Annual report of the Imperial Bacteriological Laboratory, Muktesar
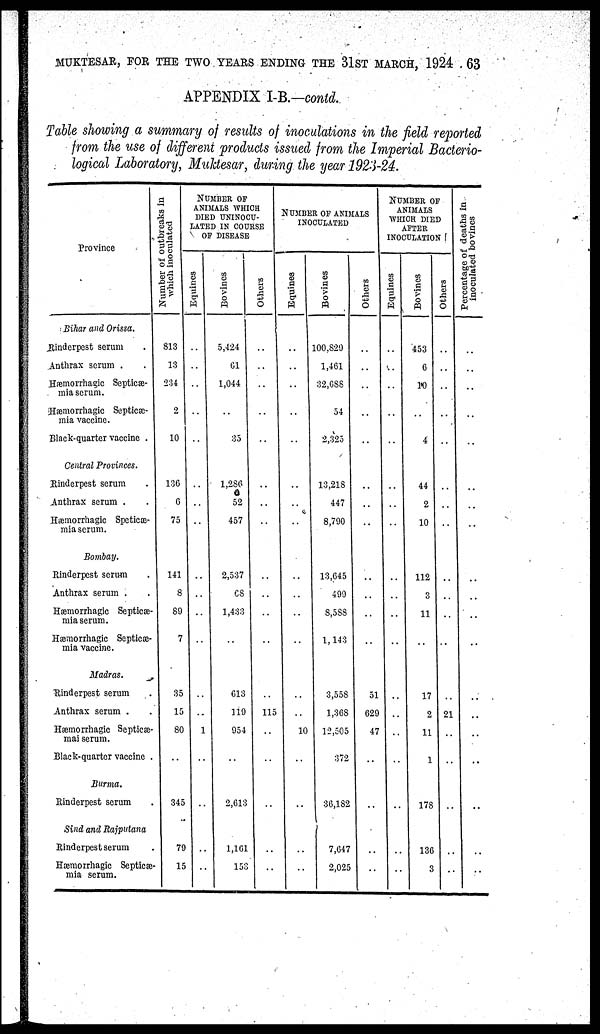
MUKTESAR, FOR THE TWO YEARS ENDING THE 31ST MARCH, 1924 . 63
APPENDIX I-B-contd.
Table showing a summary of results of inoculations in the field reported
from the use of different 'products issued from the Imperial Bacterio-
logical Laboratory, Muktesar, during the year 1923-24.
Province
Bihar and Orissa.
Rinderpest serum
Anthrax serum .
Hæmorrhagic Septicæ-
mia serum.
Hæmorrhagic Septicæ-
mia vaccine.
Black-quarter vaccine .
Central Provinces.
Rinderpest serum
Anthrax serum .
Hæmorrhagic Speticæ-
mia serum.
Bombay.
Rinderpest serum .
Anthrax serum . .
Hæmorrhagic Septicæ-
mia serum.
Hæmorrhagic Septicæ-
mia vaccine.
Madras.
Rinderpest serum
Anthrax serum . .
Hæmorrhagic Septicæ-
mai serum.
Black-quarter vaccine .
Burma.
Rinderpest serum
Sind and Rajputana
Rinderpest serum
Hæmorrhagic Septicæ¬
mia serum.
Number of outbreaks in
which inoculated
813
13
234
2
10
136
6
75
141
8
89
7
35
15
80
345
79
15
NUMBER OF
ANIMALS WHICH
DIED UNINOCU-
LATED IN COURSE
OF DISEASE
Equi nes
..
..
..
..
..
..
..
..
..
..
..
..
..
..
1
..
..
..
Bovines
5,424
61
1,044
..
35
1,286
52
457
2,537
68
1,433
..
613
119
954
2,613
1,161
153
Others
..
..
..
..
..
..
..
..
..
..
..
..
..
115
..
..
..
..
NUMBER OF ANIMALS
INOCULATED
Equines
..
..
..
..
..
..
..
..
..
..
..
..
..
..
10
..
..
..
Bovines
100,829
1,461
32,688
54
2,325
13,218
447
8,790
13,645
499
8,588
1,143
3,558
1,368
12,505
372
36,182
7,647
2,025
Others
..
..
..
...
..
..
..
..
..
..
..
..
51
629
47
..
..
..
..
NUMBER OF
ANIMALS
AFTER
INOCULATION
Equines
..
..
..
..
..
..
..
..
..
..
..
..
..
..
..
..
..
..
..
Bovines
453
6
10
4
44
2
10
112
3
11
..
17
2
11
1
178
136
3
Others
..
..
..
..
..
..
..
..
..
..
..
..
...
..
21
..
..
..
..
..
Percentage of deaths in
inoculated
bovines
..
..
..
..
..
..
..
..
..
..
..
..
..
..
..
..
..
..
..
..